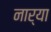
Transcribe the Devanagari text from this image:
नार्‍या